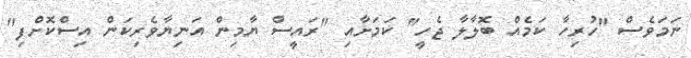
ނަމަވެސް "ހުރިހާ ކަމެއް ބޮލާލާ ޖެހީ" ކަމަށާއި "ރައީސް ޔާމިން އަނިޔާވެރިކަން އިސްކޮށްފި"